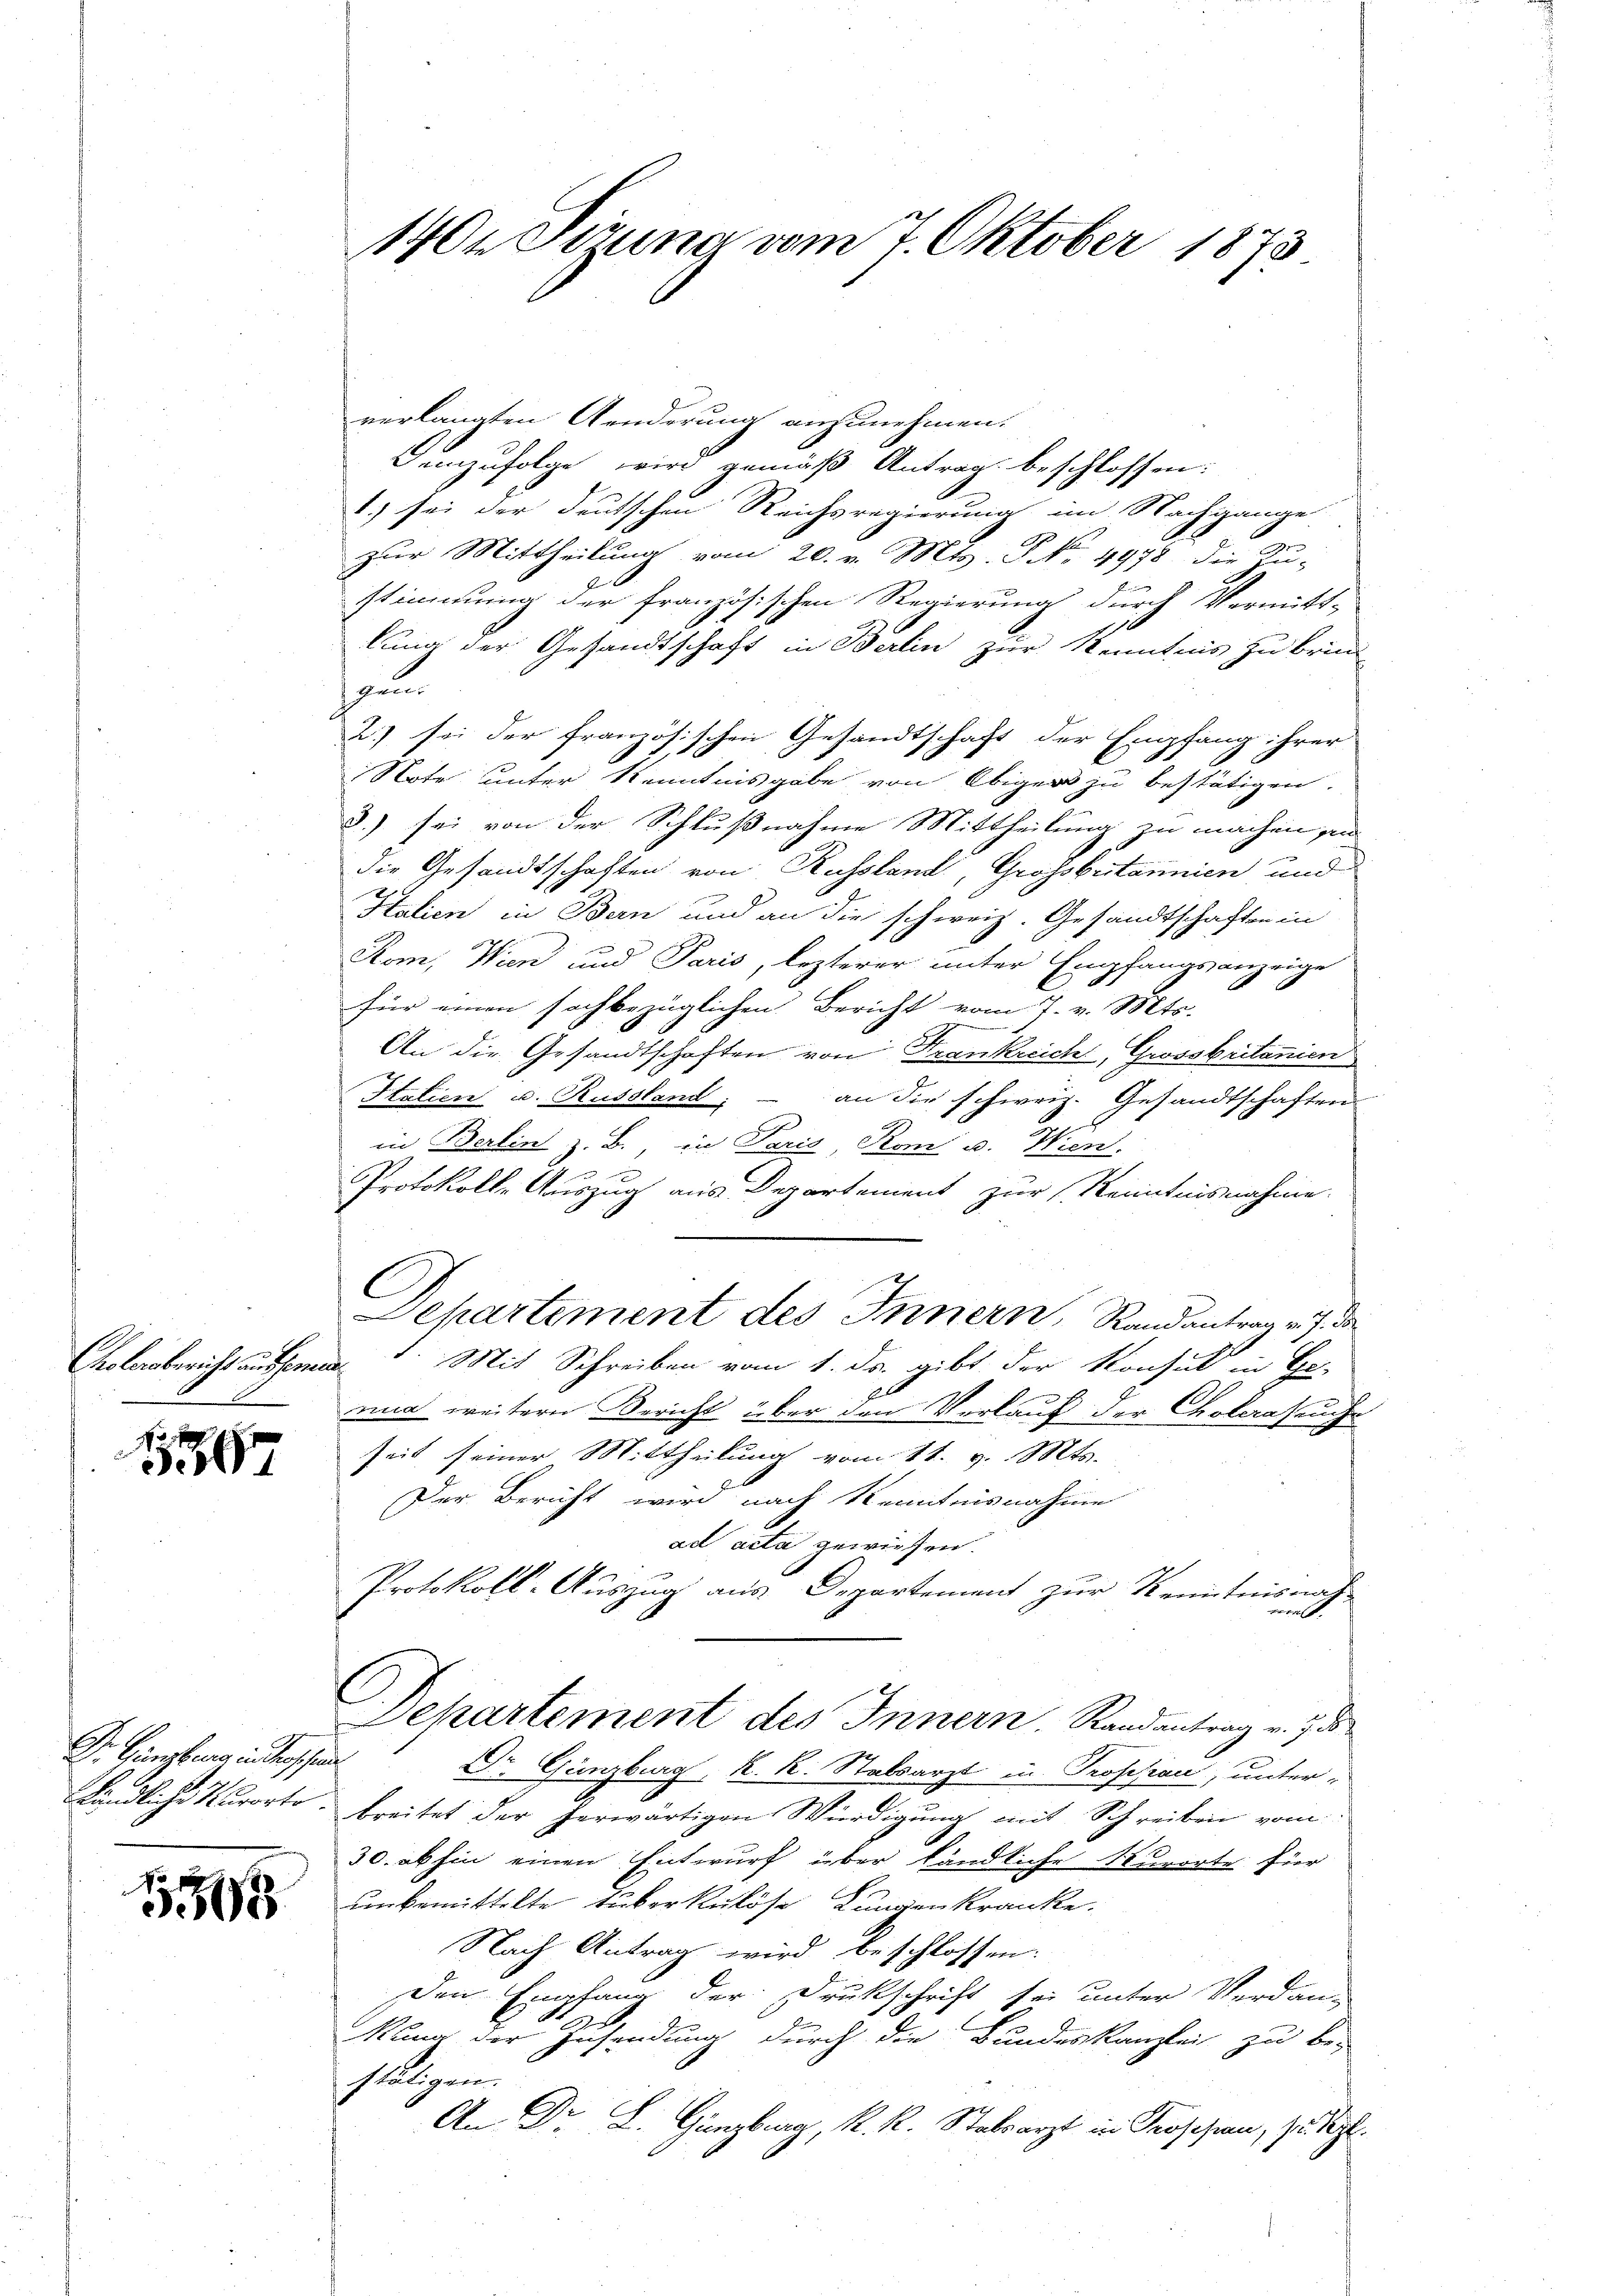
olwebericht ausserende

16

Dr. Ganglung in Prof sie

1

verlangten Aenderung anzunehmen.
Demzufolge wird gemäß Antrag beschlossen:
.) sei der deutschen Reichsregierung im Nachgange
zur Mittheilung vom 20. v. Mts. S No. 4978 die Zu-
stimmung der französischen Regierung durch Vermitt-
lung der Gesandtschaft in Berlin zur Kenntnis zu brin
zun
2) sei der französischen Gesandtschaft der Empfang ihrer
Note unter Kenntnisgabe von Obiger zu bestätigen.
8.) sei von der Schlußnahme Mittheilung zu machen i
die Gesandtschaften von Russland, Grossbritannien und
Stulien in Bern und an die schweiz. Gesandtschaften in
Stom, Wien und Paris, lezterer unter Empfangsanzeige
für einen sachbezüglichen Bericht vom 7. v. Mts.
An die Gesandtschaften von Frankreich, Grossbritanien
Italien u. Russland; – an die schweiz. Gesandtschaften
in Berlin z. B., in Paris, Rom u. Wien.
6
Protokolle Auszug aus Departement zur Kenntnisnahme.
.
C
Mit Schreiben vom 1. ds. gibt der Konsul in Ges
nna weitern Bericht über den Verlauf der Cholenseuche
Zeit seiner Mittheilung vom 11. v. Mts.
Der Bericht wird nach Kenntnisnahme
ad acta gewiesen.
Protokoll-Auszug aus Departement zur Kenntnis nach
14 f.
Departement des Innern. Randantrag v. 7. d
Dr. Gänzburg, K. K. Stabsarzt in Proposian, unter-
kändliche Kurorte. Breitet der herwärtigen Würdigung mit Schreiben vom
30. abhin einen Entwurf über ländliche Kurorte für
unbemittelte tuberkulöse Lungen kranke.
Nach Antrag wird beschlossen:
Den Empfang der Drukschrift sei unter Verdann
Kuna der Zusendung durch die Bundeskanzlei zu be-
stätigen.
An Dr. L. Grenzburg, K. R. Stabsarzt in Proschien, zu. Sept.

1404 Sizung vom 7. Oktober 1873

Separtement des Innern, Randantrag v. J. de